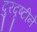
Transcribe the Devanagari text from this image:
दुरदृष्टीने